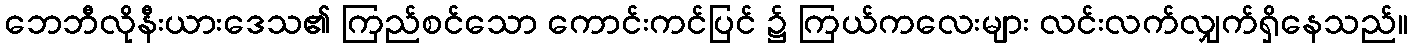
ဘေဘီလိုနီးယားဒေသ၏ ကြည်စင်သော ကောင်းကင်ပြင် ၌ ကြယ်ကလေးများ လင်းလက်လျှက်ရှိနေသည်။